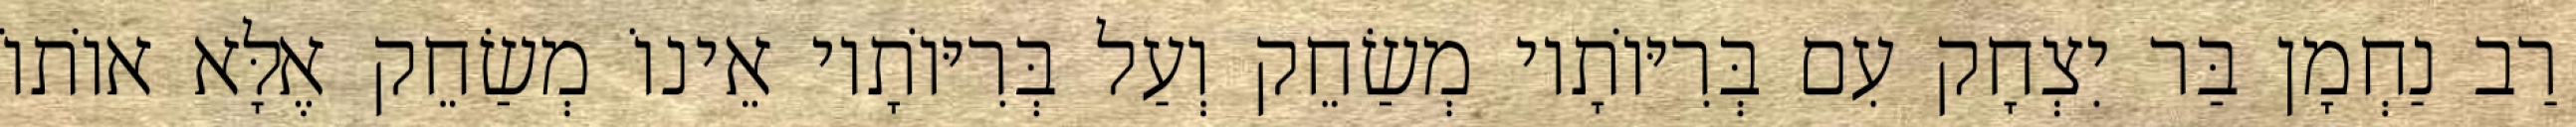
רַב נַחְמָן בַּר יִצְחָק עִם בְּרִיּוֹתָיו מְשַׂחֵק וְעַל בְּרִיּוֹתָיו אֵינוֹ מְשַׂחֵק אֶלָּא אוֹתוֹ